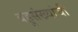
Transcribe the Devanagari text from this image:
बहुसंख्यांची